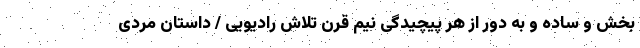
بخش و ساده و به دور از هر پیچیدگی نیم قرن تلاش رادیویی / داستان مردی